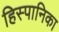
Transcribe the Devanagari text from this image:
हिस्पानिका